Report on vaccination in Madras 1895-1903 - 1895-1903
Year: 1895
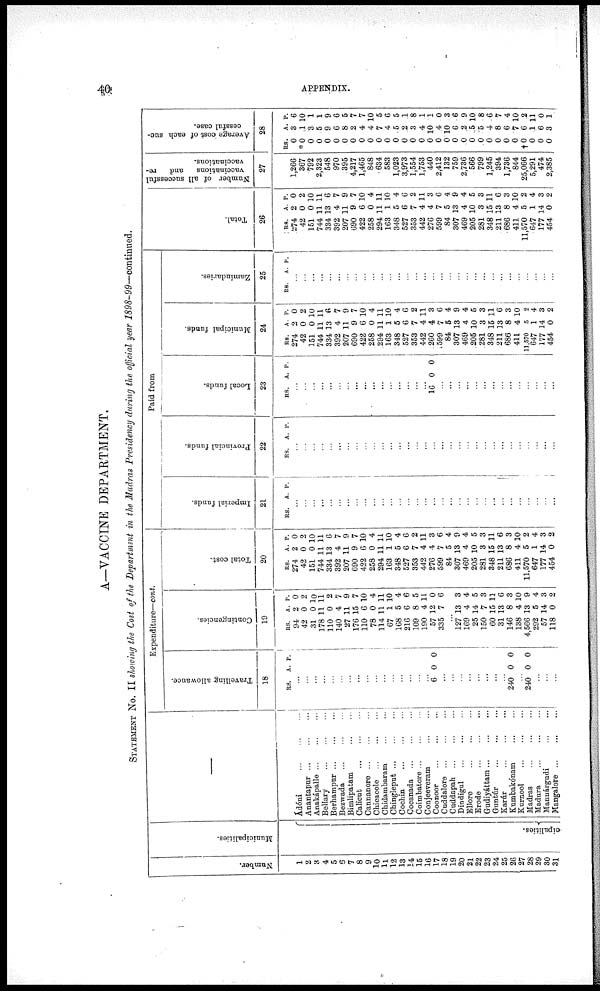
40
APPENDIX.
A—VACCINE DEPARTMENT.
STATEMENT No. II showing the Cost of the Department in the Madras Presidency during the official year 1898-99—continued.
Number.
1
2
3
4
5
6
7
8
9
10
11
12
13
14
15
16
17
18
19
20
21
22
23
24
25
26
27
28
29
30
31
Municipalities.
cipalities.
—
Ádóni ... ... ...
Anantapur
...
...
...
Anakápalle ... ... ...
Bellary
...
...
...
Berhampur
...
...
...
Bezwada ... ... ...
Bimlipatam
...
...
Calicut
...
...
...
Cannanore
...
...
...
Chicacole
...
...
...
Chidambaram
Chingleput
...
...
...
Cochin
...
...
...
Cocanada
...
...
...
Coimbatore
...
...
...
Conjeeveram ... ... ...
Coonoor
...
...
...
Cuddalore
...
...
...
Cuddapah
...
...
...
Dindigul
...
...
...
Ellore
...
...
...
Erode
...
...
...
Gudiyáttam
...
...
...
Guntúr
...
...
...
Karúr
...
...
...
Kumbakónam
...
...
Kurnool
...
...
...
Madras
...
...
...
Madura
...
...
...
Manuárgudi
...
...
Mangalore
...
...
...
Expenditure—cont.
Travelling allowance.
18
RS. A. P.
...
...
...
...
...
...
...
...
...
...
...
...
...
...
...
...
6 0 0
...
...
...
...
...
...
...
...
240 0 0
...
240 0 0
...
...
...
Contingencies.
19
RS.
94
42
31
178
110
140
27
176
110
78
114
67
168
216
109
190
57
335
A.
2
0
0
11
0
4
11
15
6
0
11
1
5
6
8
4
12
7
P.
0
2
10
11
2
7
9
7
10
4
11
10
4
6
5
11
0
6
...
127
169
25
150
60
31
146
138
4,566
292
57
118
13
4
14
7
15
13
8
4
13
5
14
0
3
4
5
3
11
6
3
10
9
4
3
2
Total cost.
20
RS.
274
42
151
744
334
392
207
690
422
258
294
163
348
527
353
442
276
599
84
307
469
205
281
348
211
686
411
11,570
647
177
454
A.
2
0
0
11
13
4
11
9
6
0
11
1
5
6
7
4
4
7
5
13
4
10
3
15
13
8
4
5
1
14
0
P.
0
2
10
11
6
7
9
7
10
4
11
10
4
6
2
11
3
6
4
9
4
5
3
11
6
3
10
2
4
3
2
Paid from
Imperial funds.
21
RS. A. P.
...
...
...
...
...
...
...
...
...
...
...
...
...
...
...
...
...
...
...
...
...
...
...
...
...
...
...
...
...
...
...
Provincial funds.
22
RS. A. P.
...
...
...
...
...
...
...
...
...
...
...
...
...
...
...
...
...
...
...
...
...
...
...
...
...
...
...
...
...
...
...
Local funds.
23
RS. A. P.
...
...
...
...
...
...
...
...
...
...
...
...
...
...
...
...
16 0 0
...
...
...
...
...
...
...
...
...
...
...
...
...
...
Municipal funds.
24
RS.
274
42
151
744
334
392
207
690
422
258
294
163
348
527
353
442
260
599
84
307
469
205
281
348
211
686
411
11,570
647
177
454
A.
2
0
0
11
13
4
11
9
6
0
11
1
5
6
7
4
4
7
6
13
4
10
3
15
13
8
4
5
1
14
0
P.
0
2
10
11
6
7
9
7
10
4
11
10
4
6
2
11
3
6
4
9
4
5
3
11
6
3
10
2
4
3
2
Zamindaries.
25
RS. A. P.
...
...
...
...
...
...
...
...
...
...
...
...
...
...
...
...
...
...
...
...
...
...
...
...
...
...
...
...
...
...
...
Total.
26
RS.
274
42
151
744
334
392
207
690
422
258
294
163
348
527
353
442
276
599
84
307
469
205
281
348
211
686
411
11,570
647
177
454
A.
2
0
0
11
13
4
11
9
6
0
11
1
5
6
7
4
4
7
5
13
4
10
3
15
13
8
4
5
1
14
0
P.
0
2
10
11
6
7
9
7
10
4
11
10
4
6
2
11
3
6
4
9
4
5
3
11
6
3
10
2
4
3
2
Number of all successful
vaccinations
and
re-
vaccinations.
27
1,266
367
792
2,323
548
970
395
4,217
1,465
848
634
583
1,023
3,973
1,554
1,753
440
2,412
132
759
2,736
566
799
1,245
394
1,736
844
25,066
5,291
474
2,385
Average cost of each suc-
cessful case.
28
RS.
0
*0
0
0
0
0
0
0
0
0
0
0
0
0
0
0
0
0
0
0
0
0
0
0
0
0
0
†0 0
0
0
A.
3
1
3
5
9
6
8
2
4
4
7
4
5
2
3
4
10
4
10
6
2
5
5
4
8
6
7
6
1
6
3
P.
6
10
1
1
9
6
5
7
7
10
5
6
5
1
8
1
1
0
3
6
9
10
8
6
7
4
10
2
11
0
1